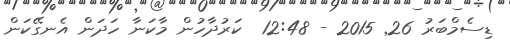
ޑިސެމްބަރު 26